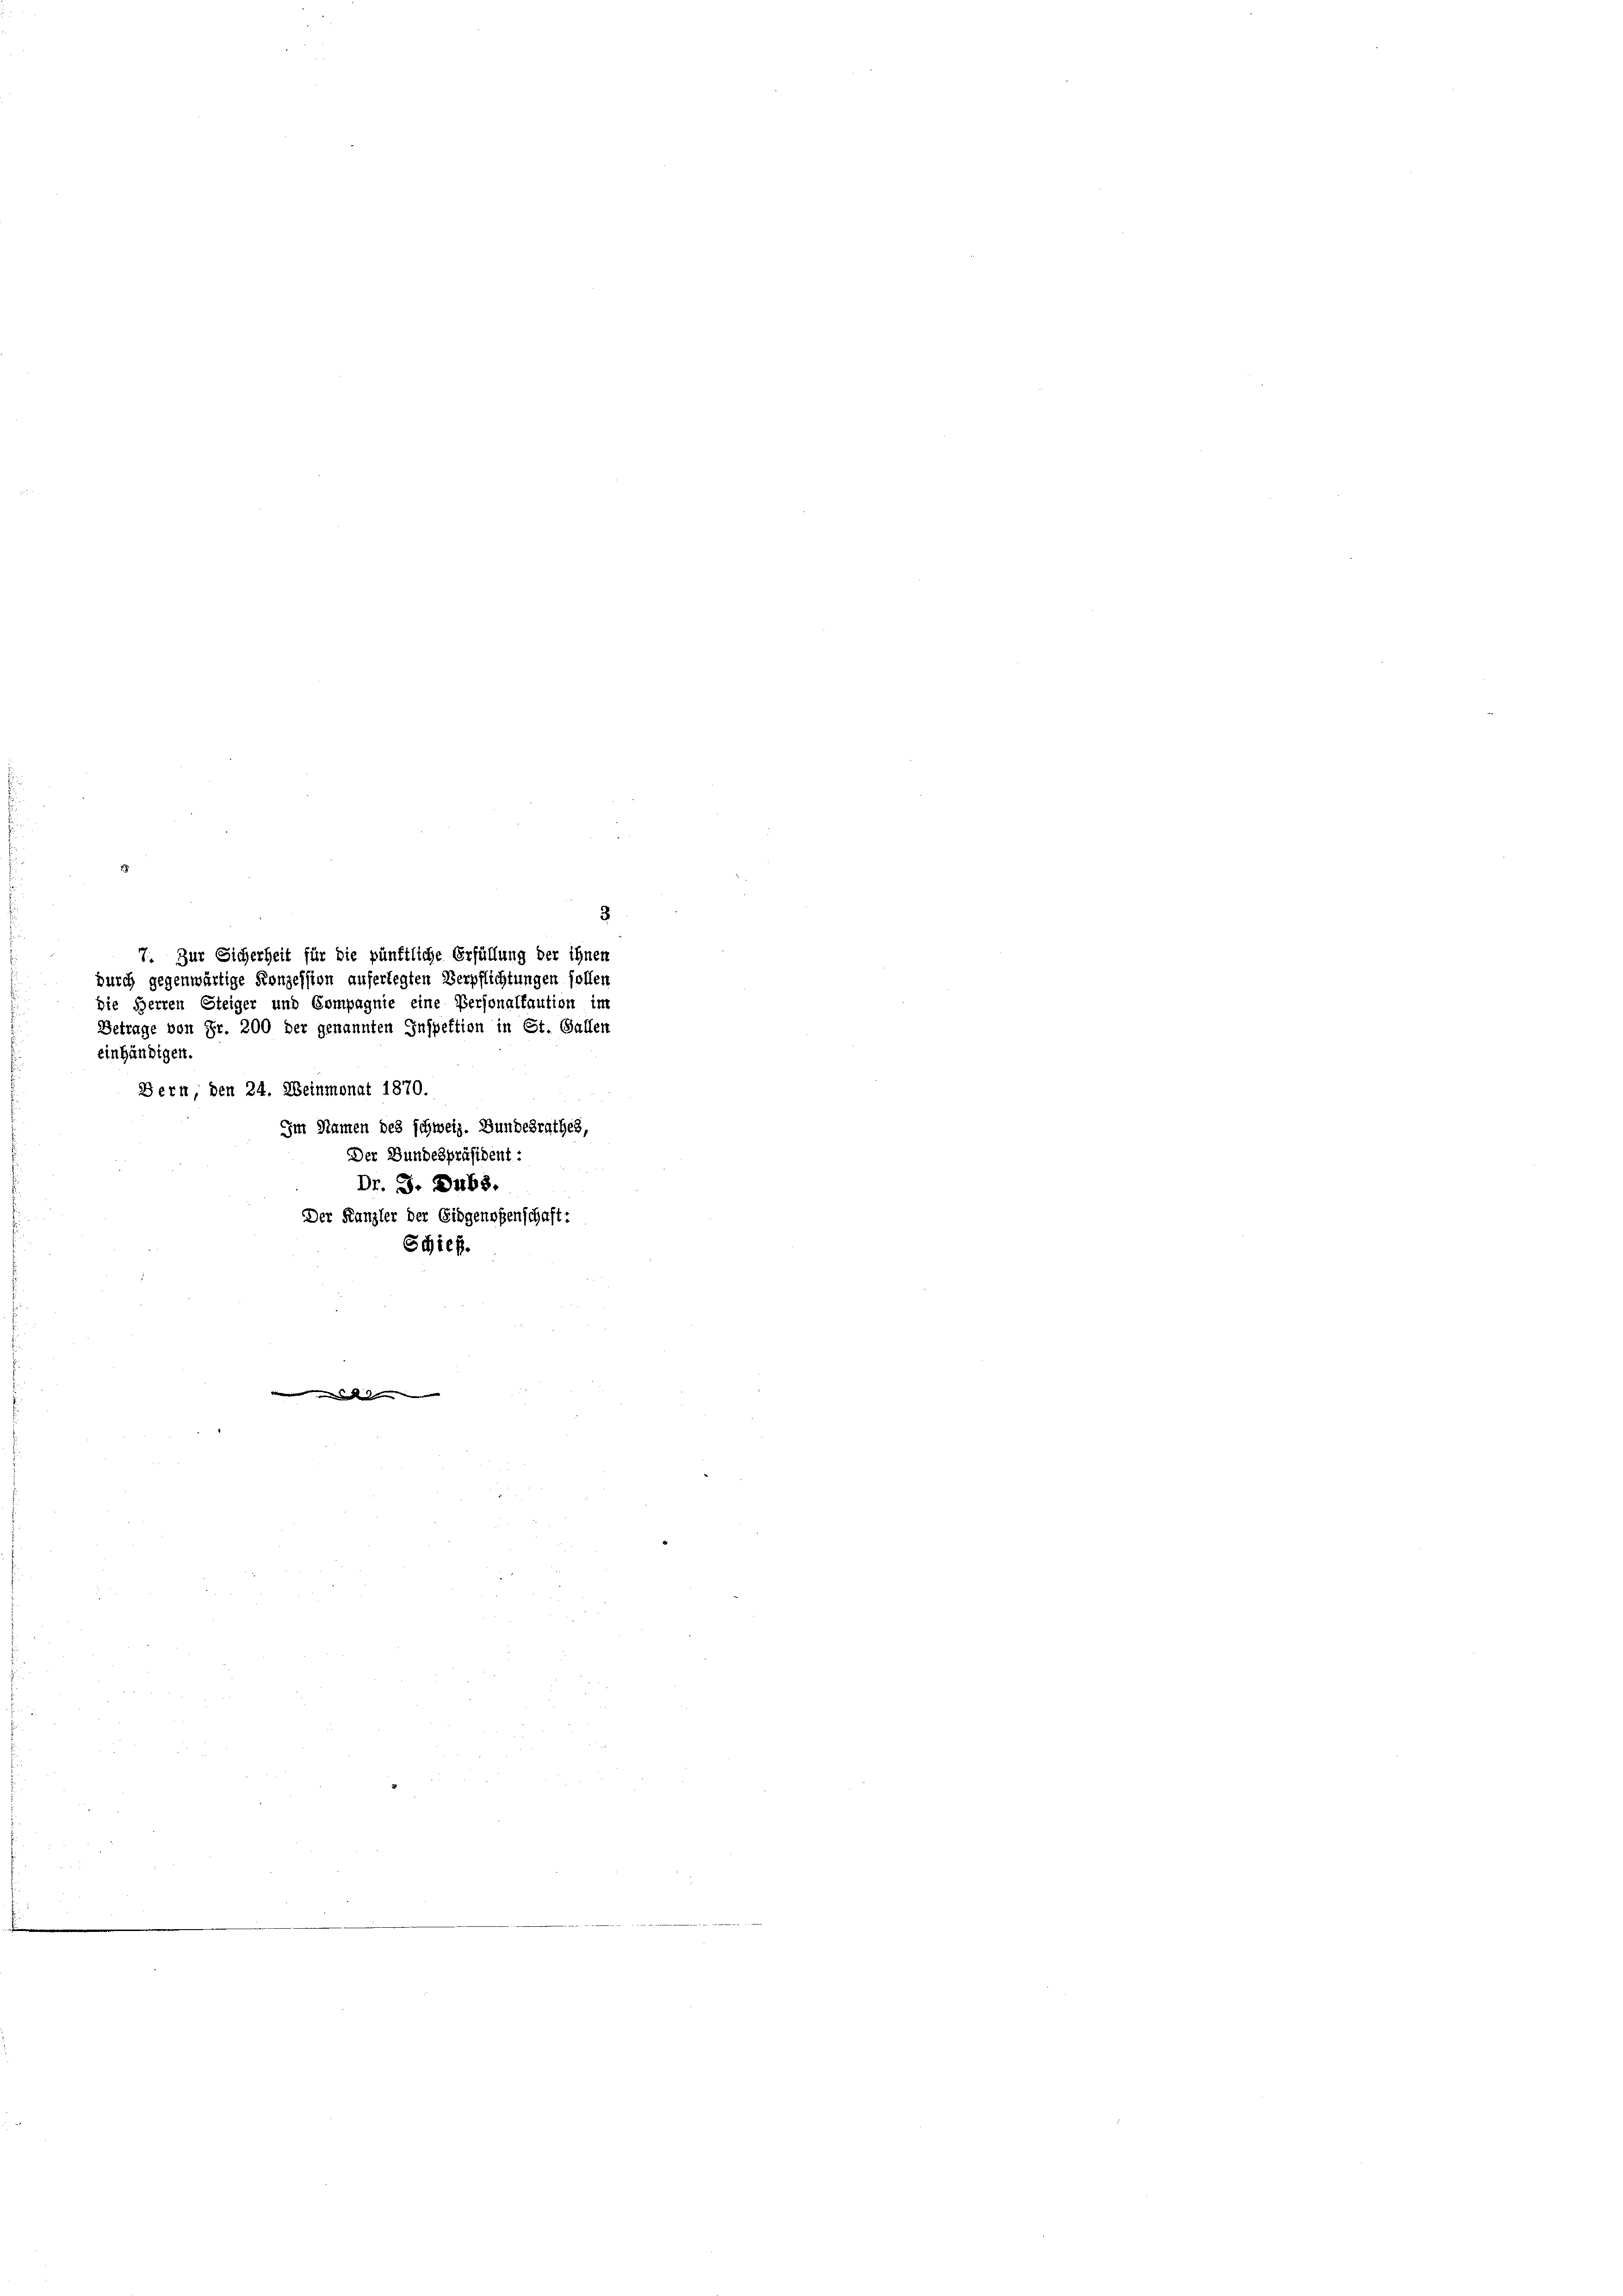
einhändigen.

7. Zur Sicherheit für die pünktliche Erfüllung der ihnen
durch gegenwärtige Konzession auferlegten Verpflichtungen sollen
Die Herren Steiger und Compagnie eine Personalkaution im
Betrage von Fr. 200 der genannten Inspektion in St. Gallen
Bern, den 24. Weinmonat 1870.
Im Namen des schweiz. Bundesrathes,
Der Bundespräsident
Dr. J. Dubs.
Der Kanzler der Eidgenoßenschaft:
Schieß.

.